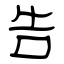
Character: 告